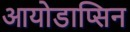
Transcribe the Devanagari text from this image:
आयोडाप्सिन